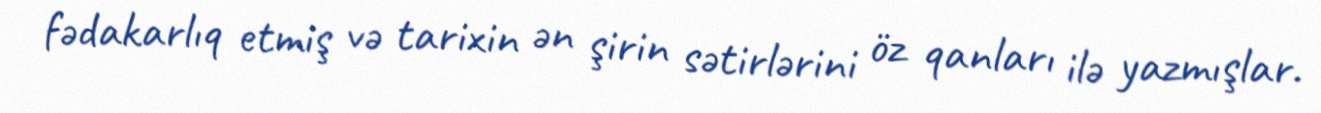
fədakarlıq etmiş və tarixin ən şirin sətirlərini öz qanları ilə yazmışlar.